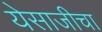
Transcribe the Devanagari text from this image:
येसाजीचा